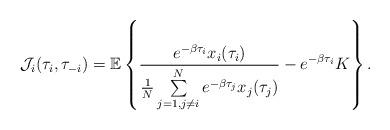
LaTeX: \begin{align*}\mathcal{J}_i(\tau_i,\tau_{-i})=\mathbb{E}\left\{\frac{ e^{-\beta\tau_i}x_i(\tau_i)}{\frac{1}{N}\sum\limits_{j=1, j \neq i}^Ne^{-\beta\tau_j}x_j(\tau_j)}- e^{-\beta\tau_i}K\right\}.\end{align*}